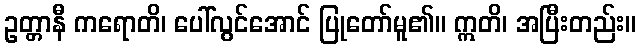
ဥတ္တာနီ ကရောတိ၊ ပေါ်လွင်အောင် ပြုတော်မူ၏။ ဣတိ၊ အပြီးတည်း။